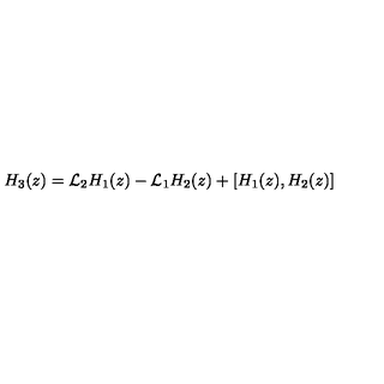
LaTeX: H _ { 3 } ( z ) = { \cal L } _ { 2 } H _ { 1 } ( z ) - { \cal L } _ { 1 } H _ { 2 } ( z ) + [ H _ { 1 } ( z ) , H _ { 2 } ( z ) ]